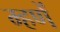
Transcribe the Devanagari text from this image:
म्हणें